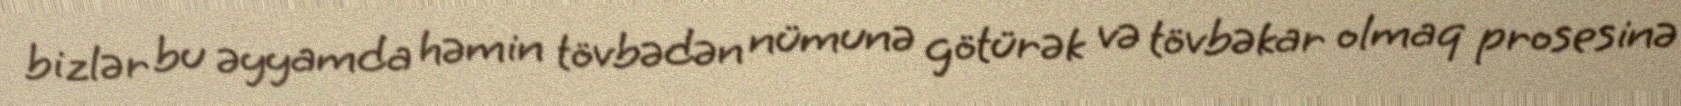
bizlər bu əyyamda həmin tövbədən nümunə götürək və tövbəkar olmaq prosesinə